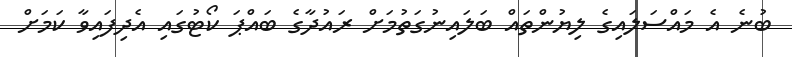
ބުނެ އެ މައްސަލައިގެ ލިޔުންތައް ބަލައިނުގަތުމަށް ރައުދާގެ ބައްޕަ ކޯޓުގައި އެދިފައިވާ ކަމަށް